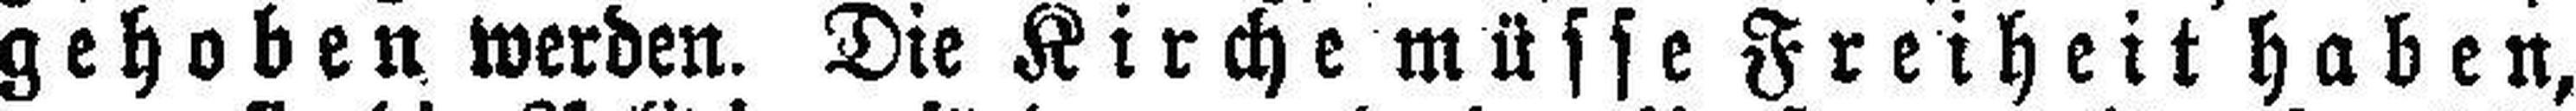
gehoben werden. Die Kirche müsse Freiheit haben,